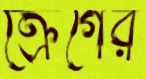
ক্রেগের